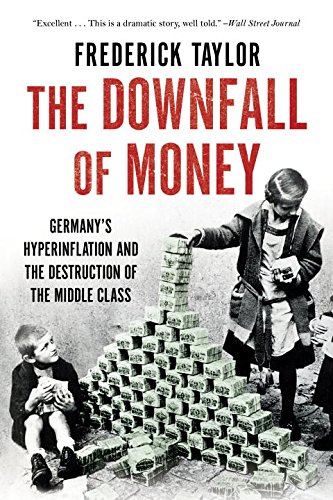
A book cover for The Downfall of Money: Germany's Hyperinflation and the Destruction of the Middle Class; Frederick Taylor; Business & Money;